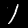
Label: 1